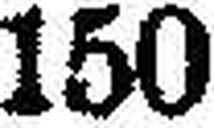
150